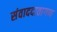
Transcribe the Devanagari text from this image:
संवाददातागण